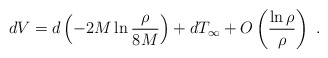
\begin{align*}dV = d\left(-2M\ln\frac{\rho}{8M}\right) + dT_\infty + O\left(\frac{\ln\rho}{\rho}\right)\ .\end{align*}